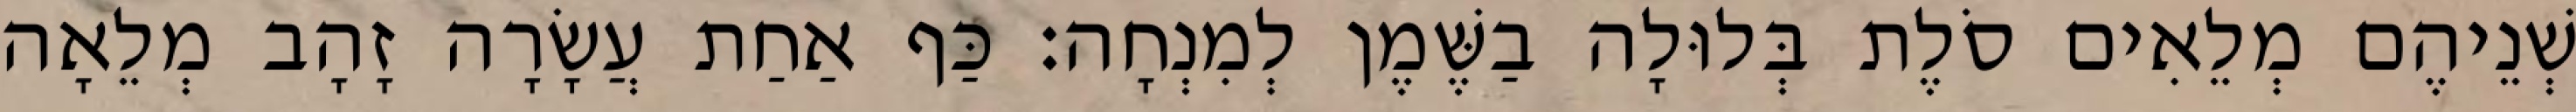
שְׁנֵיהֶם מְלֵאִים סֹלֶת בְּלוּלָה בַשֶּׁמֶן לְמִנְחָה׃ כַּף אַחַת עֲשָׂרָה זָהָב מְלֵאָה